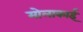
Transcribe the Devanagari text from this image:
मोलाकाई